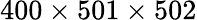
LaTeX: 400\times 501\times 502